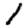
Digit: 1